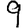
Digit: 9